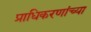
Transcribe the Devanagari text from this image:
प्राधिकरणांच्या